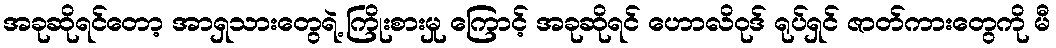
အခုဆိုရင်တော့ အာရှသားတွေရဲ့ ကြိုးစားမှု ကြောင့် အခုဆိုရင် ဟောလိဝုဒ် ရုပ်ရှင် ဇာတ်ကားတွေကို မီ